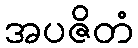
အပဇိတံ